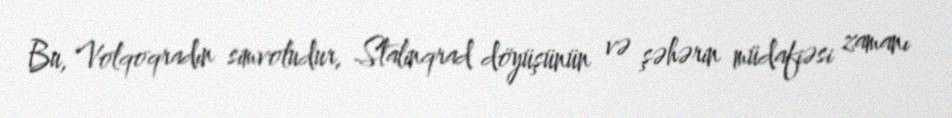
Bu, Volqoqradın simvoludur, Stalinqrad döyüşünün və şəhərin müdafiəsi zamanı